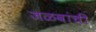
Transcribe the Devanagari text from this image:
जळवांची